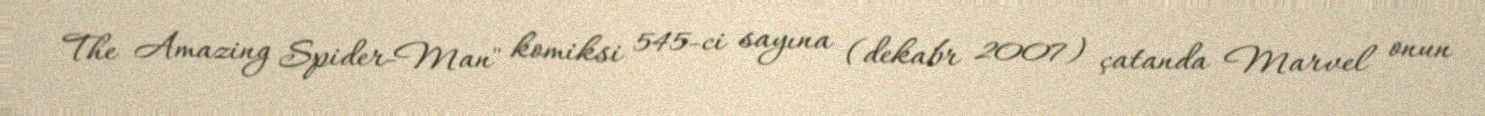
The Amazing Spider-Man" komiksi 545-ci sayına (dekabr 2007) çatanda Marvel onun